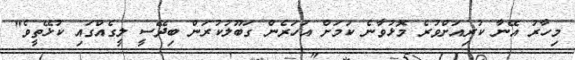
މިހާރު އޭނާ ކުރިއަށްވުރެ މޮޅުވާނެ ކަމަށް އަހަރެން ގަބޫލުކުރަން ބިދޭސީ ލީގެއްގައި ކުޅޭތީވެ"